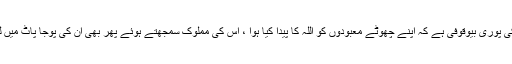
یہ تو مشرکین کی پوری بیوقوفی ہے کہ اپنے چھوٹے معبودوں کو اللہ کا پیدا کیا ہوا ، اس کی مملوک سمجھتے ہوئے پھر بھی ان کی پوجا پاٹ میں لگے ہوئے ہیں ۔